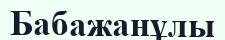
Бабажанұлы